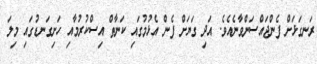
ރަނގަޅަށް ފެންޖައްސަންވާނެއެވެ. އަދި ގަޔަށް ފެން އެޅުމުގައި ކަނާތް އިސްކުރުމާއި ހަށިގަނޑުގައި މިލަ